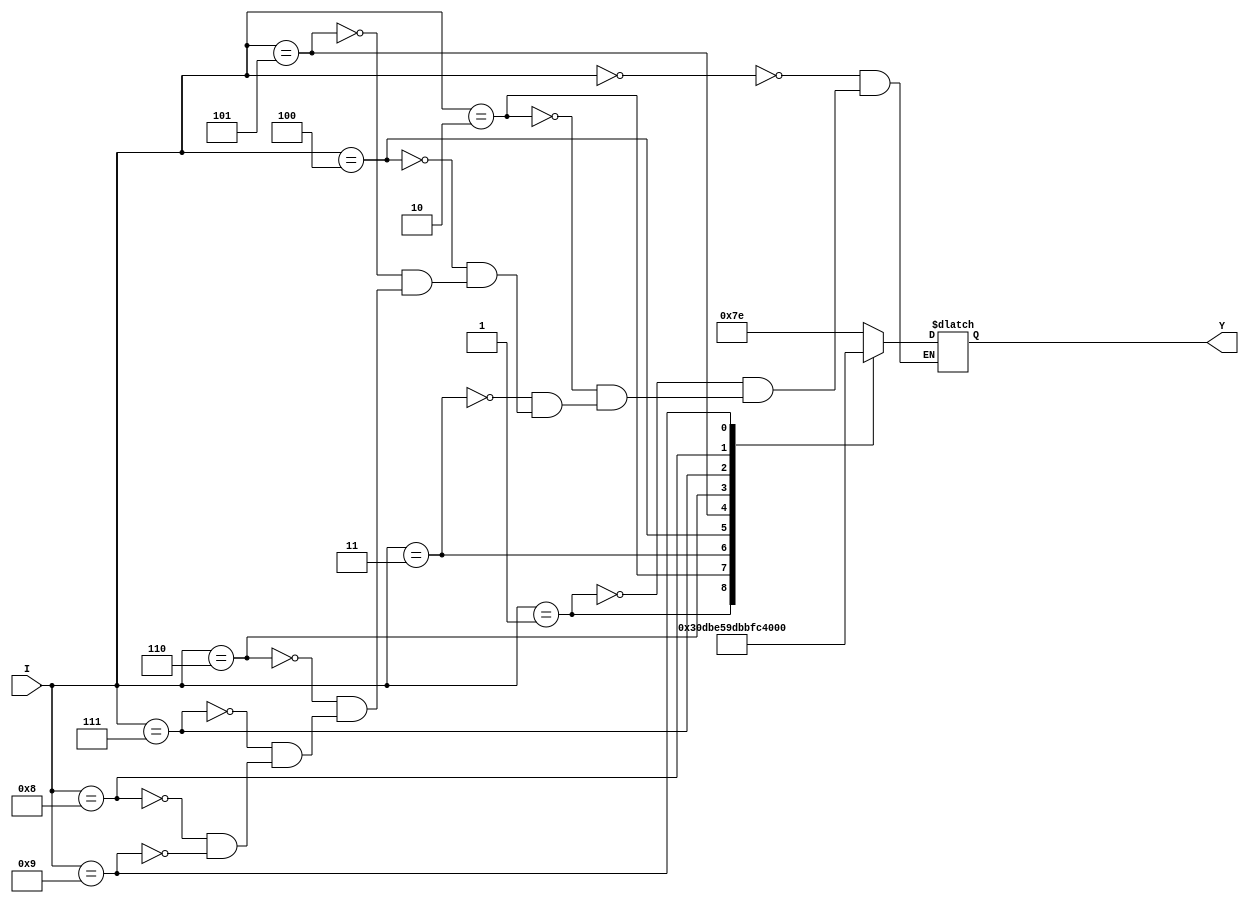
module sevenDecoder(output reg [6:0]Y, input [3:0]I);

always @ (I)
begin
	case (I)
		4'b0000 : Y=7'b1111110;
		4'b0001 : Y=7'b0110000;
		4'b0010 : Y=7'b1101101;
		4'b0011 : Y=7'b1111001;
		4'b0100 : Y=7'b0110011;
		4'b0101 : Y=7'b1011011;
		4'b0110 : Y=7'b1011111;
		4'b0111 : Y=7'b1110000;
		4'b1000 : Y=7'b1111111;
		4'b1001 : Y=7'b1110011;
	endcase
end

endmodule